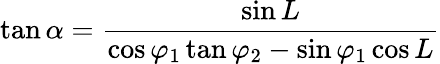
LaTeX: \tan\alpha={\frac{\sin L}{\cos\varphi_{1}\tan\varphi_{2}-\sin\varphi_{1}\cos L}}